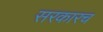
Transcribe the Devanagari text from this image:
सरकारच